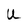
Character: U